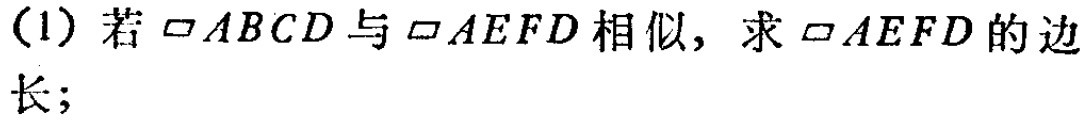
(1) 若$\square ABCD$与$\square AEFD$相似，求$\square AEFD$的边长；